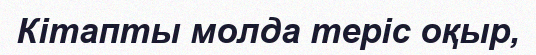
Кітапты молда теріс оқыр,